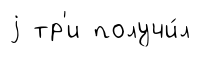
j тр'и получи́л